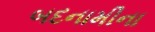
બદનામીના